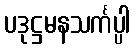
ပဒုဋ္ဌမနသင်္ကပ္ပါ